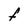
Character: F